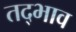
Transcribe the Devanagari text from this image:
तद्भाव